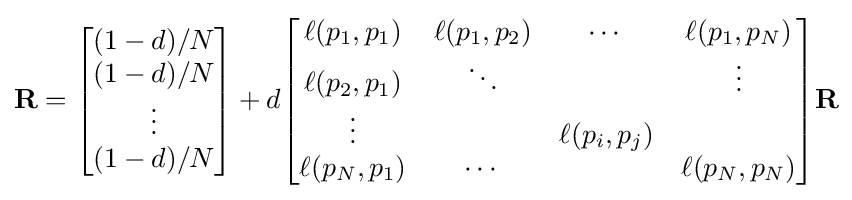
\mathbf {R} ={\begin{bmatrix}{(1-d)/N}\\{(1-d)/N}\\\vdots \\{(1-d)/N}\end{bmatrix}}+d{\begin{bmatrix}\ell (p_{1},p_{1})&\ell (p_{1},p_{2})&\cdots &\ell (p_{1},p_{N})\\\ell (p_{2},p_{1})&\ddots &&\vdots \\\vdots &&\ell (p_{i},p_{j})&\\\ell (p_{N},p_{1})&\cdots &&\ell (p_{N},p_{N})\end{bmatrix}}\mathbf {R}